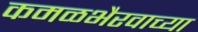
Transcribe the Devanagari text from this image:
कमळभैरवाच्या